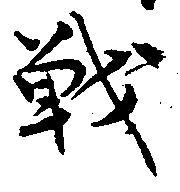
戦